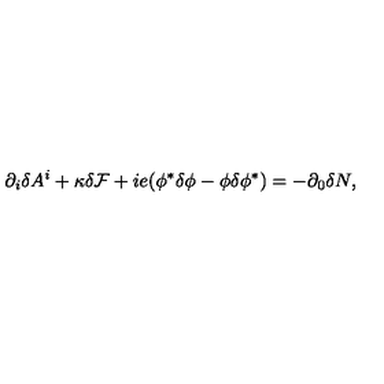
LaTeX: \partial _ { i } \delta A ^ { i } + \kappa { \cal \delta F } + i e ( \phi ^ { * } \delta \phi - \phi \delta \phi ^ { * } ) = - \partial _ { 0 } \delta N ,